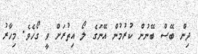
ދިން ބޭސް ބޭނުން ކުރުމުން އޭނަގެ ލޯ އިތުރަށް ވީ ގޯހެވެ. މިހާރު